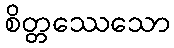
စိတ္တဿေသော